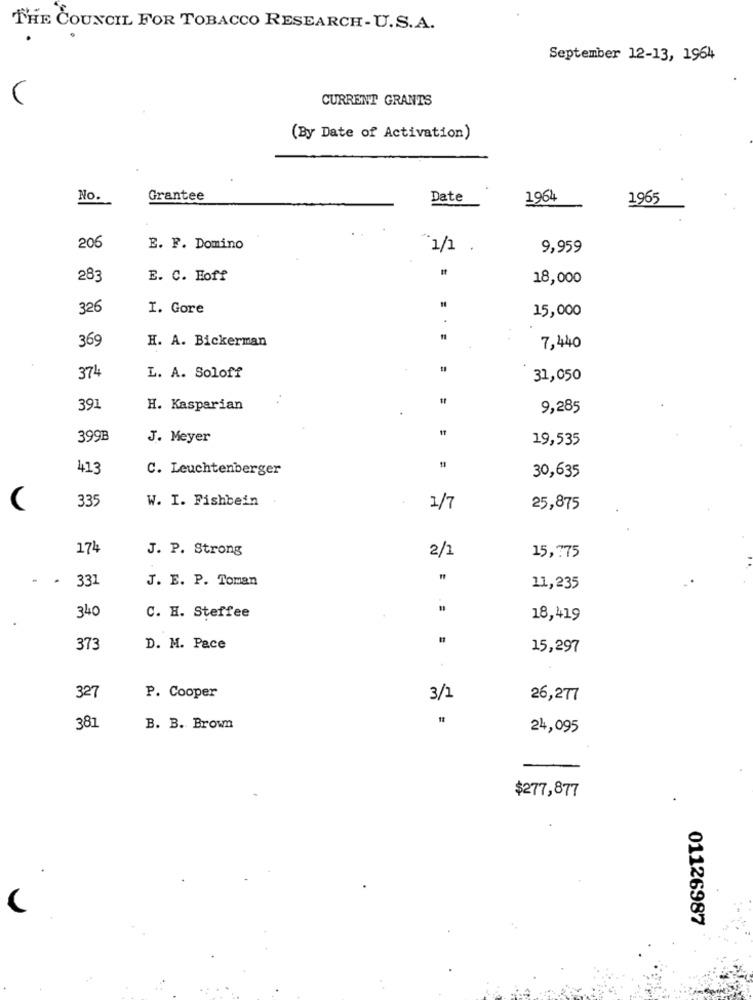
THE COUNCIL FOR TOBACCO RESEARCH-U.S.A.
September 12-13, 1964
CURRENT GRANTS
(By Date of Activation)
No.
Grantee
Date
1964
1965
206
E. F. Domino
1/1
9,959
283
E. C. Hoff
18,000
326
I. Gore
15,000
369
H. A. Bickerman
7,440
374
L. A. Soloff
31,050
391
H. Kasparian
9,285
399B
J. Meyer
19,535
413
C. Leuchtenberger
30,635
335
W. I. Fishbein
1/7
25,875
174
J. P. Strong
15,775
2/1
331
J. E. P. Toman
11,235
340
C. H. Steffee
18,419
373
D. M. Pace
15,297
327
P. Cooper
3/1
26,277
381
B. B. Brown
24,095
$277,877
.
01126987